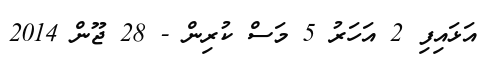
އަޅައިފި 2 އަހަރު 5 މަސް ކުރިން - 28 ޖޫން 2014